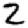
Digit: 2